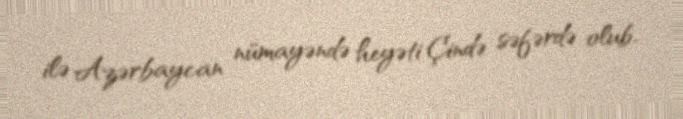
ilə Azərbaycan nümayəndə heyəti Çində səfərdə olub.